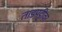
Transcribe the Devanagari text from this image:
ताडपट्टीवर